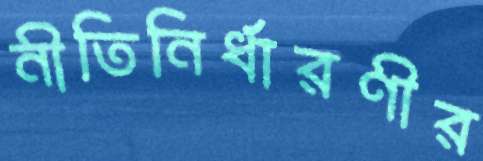
নীতিনির্ধারণীর